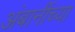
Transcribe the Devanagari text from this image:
अंबानींच्या